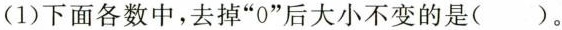
(1)下面各数中，去掉”0”后大小不变的是( )。